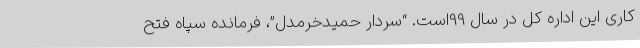
کاری این اداره کل در سال 99است. “سردار حمیدخرمدل”، فرمانده سپاه فتح